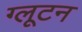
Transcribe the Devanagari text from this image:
ग्लूटन